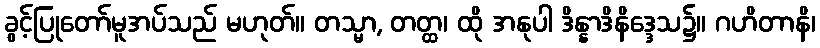
ခွင့်ပြုတော်မူအပ်သည် မဟုတ်။ တသ္မာ, တတ္ထ၊ ထို အနုပါ ဒိန္နာဒိနိဒ္ဒေသ၌။ ဂဟိတာနိ၊